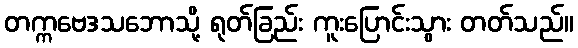
တက္ကဗေဒသဘောသို့ ရုတ်ခြည်း ကူးပြောင်းသွား တတ်သည်။